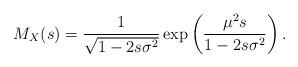
LaTeX: \begin{align*}M_X(s)=\frac{1}{\sqrt{1-2s\sigma^2}}\exp\left(\frac{\mu^2s}{1-2s\sigma^2}\right).\end{align*}